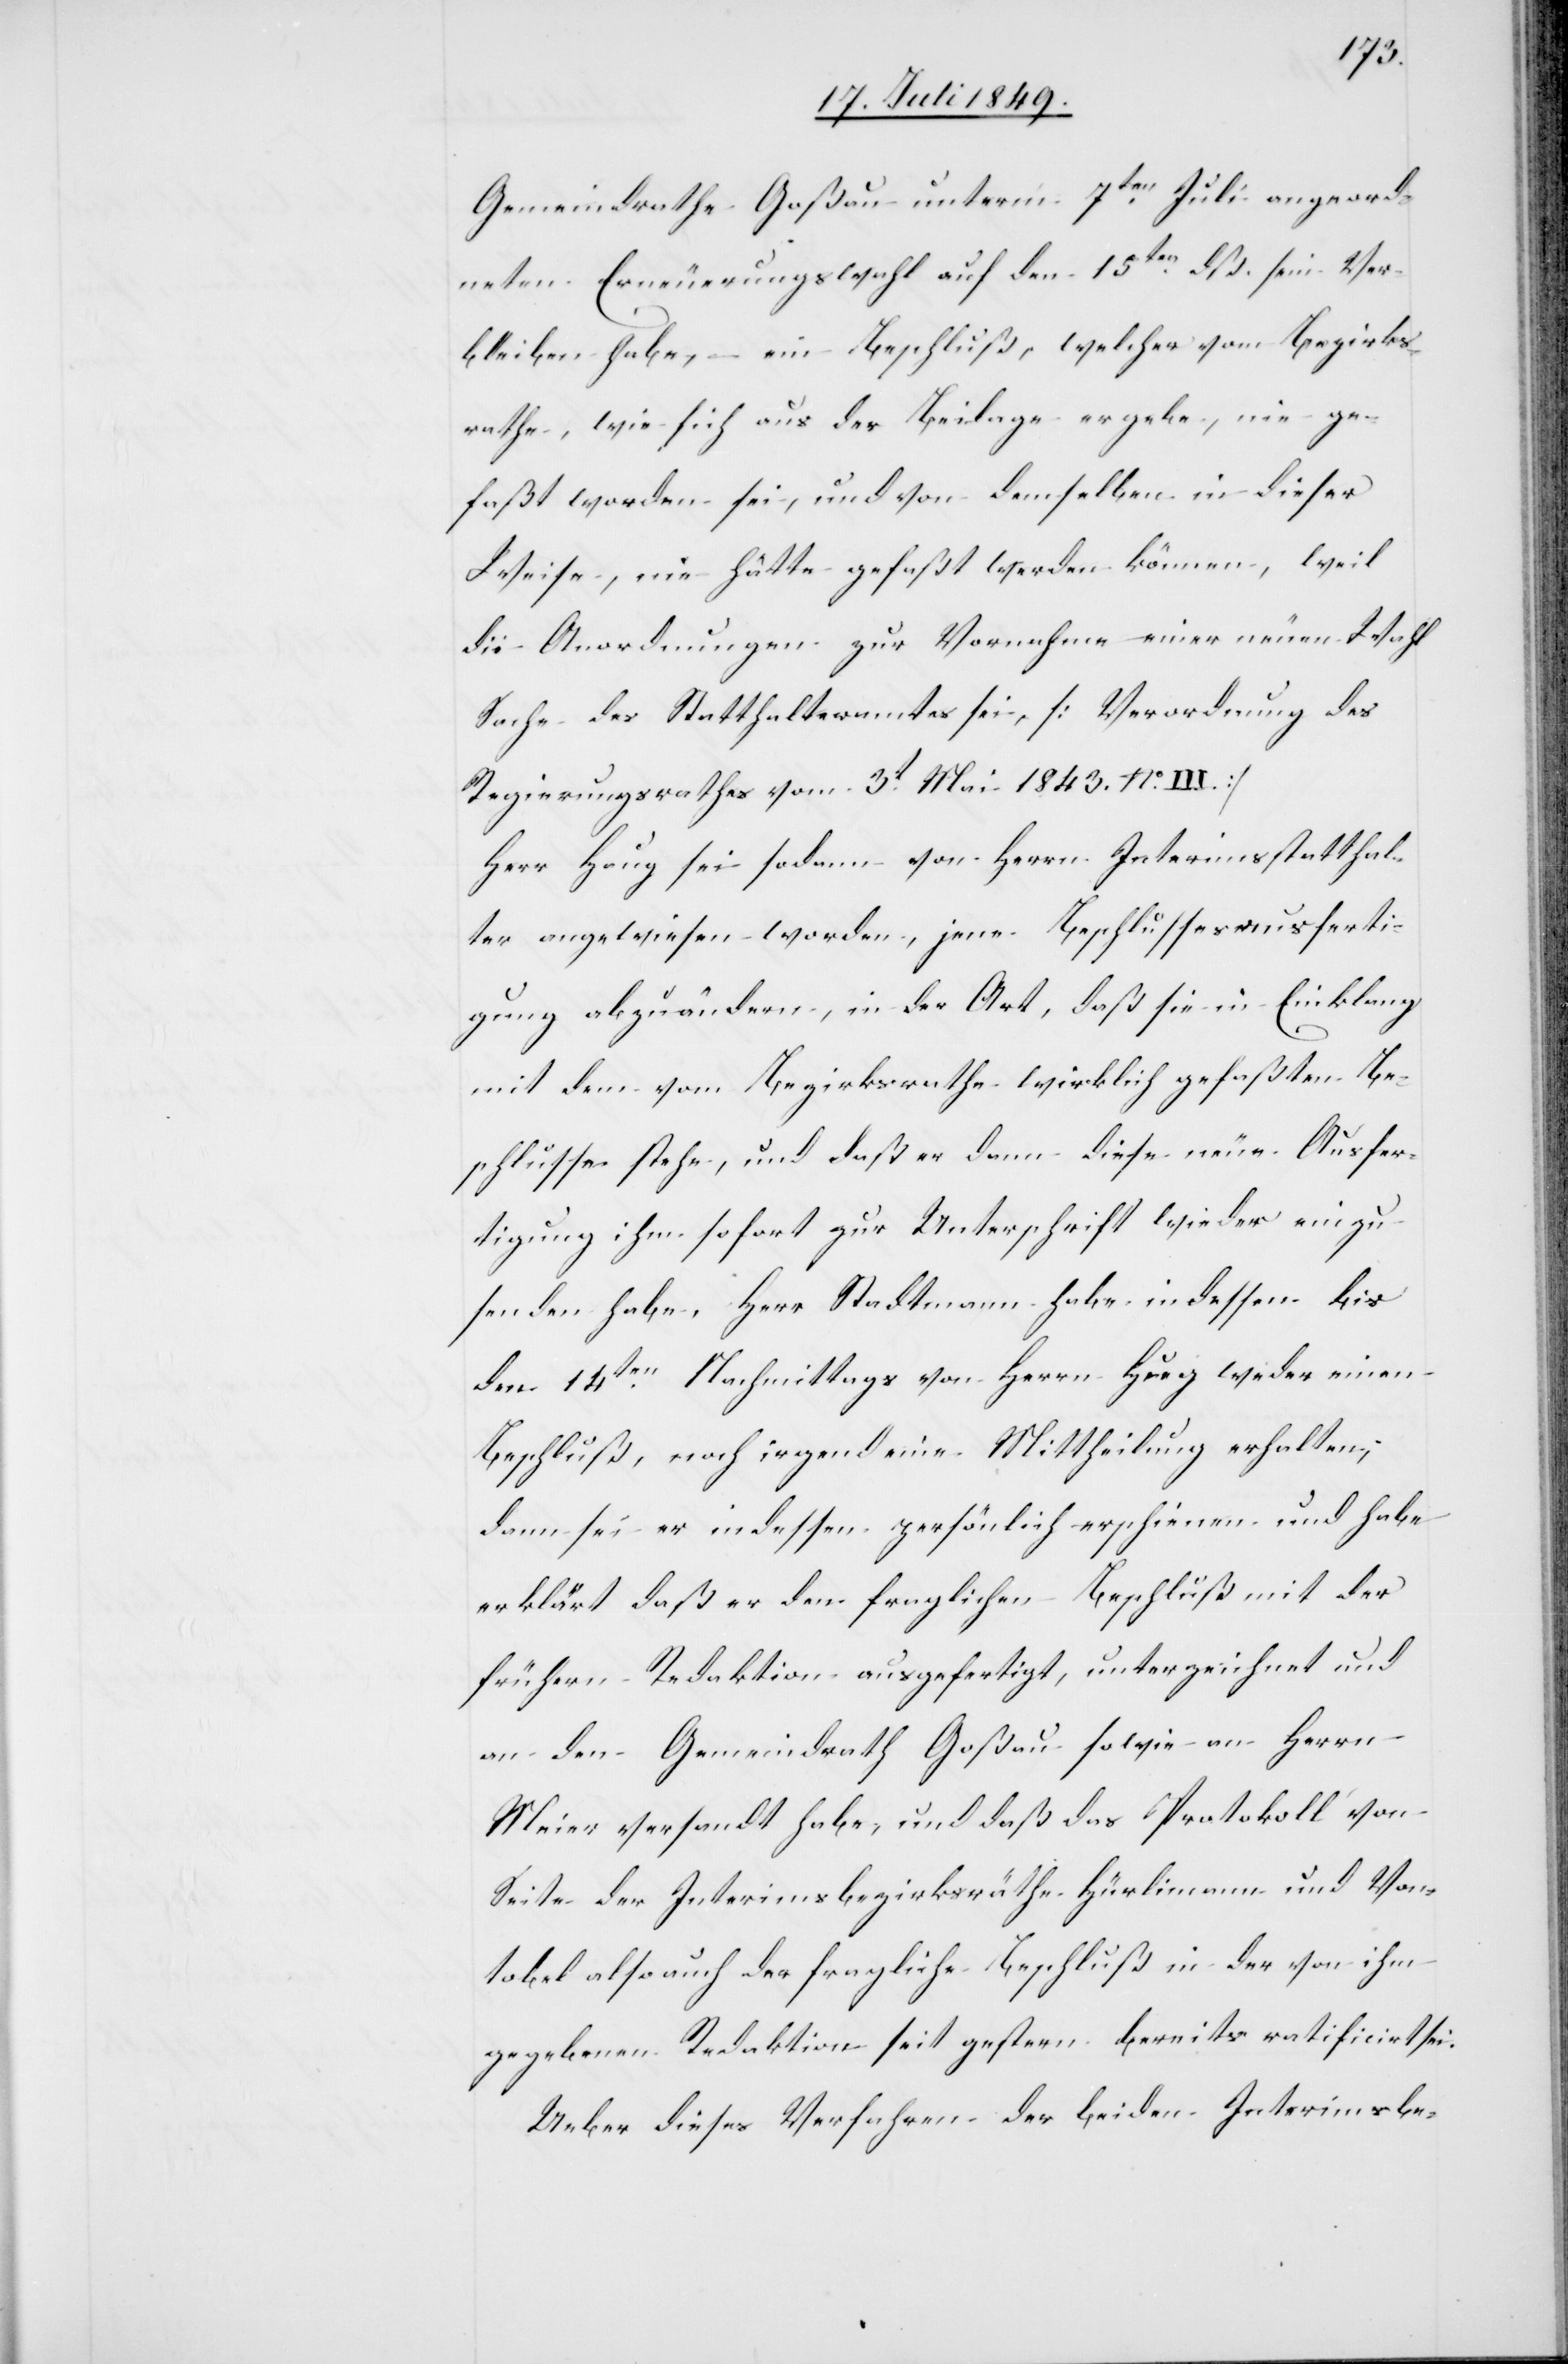
Gemeindrathe Goßau unterm 7ten Juli angeord¬
neten Erneuerungswahl auf den 15ten dß. sein Ver¬
bleiben habe, – ein Beschluß, welcher vom Bezirks¬
rathe, wie sich aus der Beilage ergebe, nie ge¬
faßt worden sei, und von demselben in dieser
Weise, nie hätte gefaßt werden können, weil
die Anordnungen zur Vornahme einer neuen Wahl
Sache des Statthalteramtes sei, [Verordnung des
Regierungsrathes vom 3t Mai 1843. No. III]
Herr Haug sei sodann von Herrn Interimsstatthal¬
ter angewiesen worden, jene Beschlussesausferti¬
gung abzuändern, in der Art, daß sie in Einklang
mit dem vom Bezirksrathe wirklich gefaßten Be¬
schluße stehe, und daß er dann diese neue Ausfer¬
tigung ihm sofort zur Unterschrift wieder einzu¬
senden habe, Herr Stadtmann habe indessen bis
den 14ten Nachmittags von Herrn Hueg [sic!] weder einen
Beschluß, noch irgend eine Mittheilung erhalten,
dann sei er indessen persönlich erschienen und habe
erklärt daß er den fraglichen Beschluß mit der
frühern Redaktion ausgefertigt, unterzeichnet und
an den Gemeindrath Goßau sowie an Herrn
Meier versandt habe, und daß das Protokoll von
Seite der Interimsbezirksräthe Hürlimann und Von¬
tobel also auch der fragliche Beschluß in der von ihm
gegebenen Redaktion seit gestern bereits ratificirt sei.
Ueber dieses Verfahren der beiden Interimsbe-